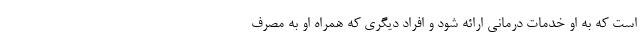
است که به او خدمات درمانی ارائه شود و افراد دیگری که همراه او به مصرف